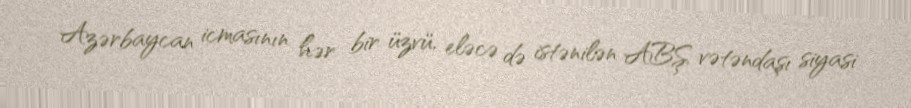
Azərbaycan icmasının hər bir üzvü, eləcə də istənilən ABŞ vətəndaşı siyasi